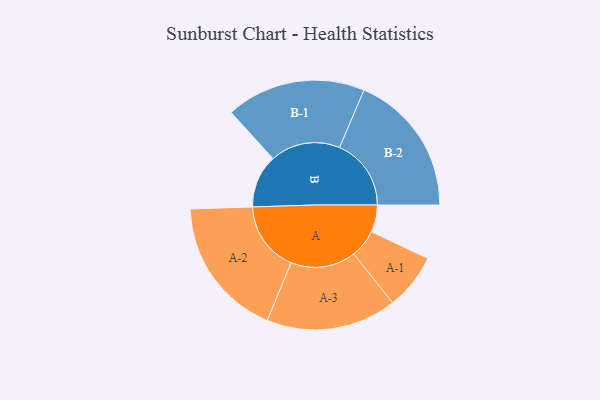
{"axis": {"x": "Segment", "y": "Value"}, "legend": ["", "A", "B"], "data": [{"x": "A", "y": 105, "type": ""}, {"x": "B", "y": 206, "type": ""}, {"x": "A-1", "y": 109, "type": "A"}, {"x": "A-2", "y": 273, "type": "A"}, {"x": "A-3", "y": 253, "type": "A"}, {"x": "B-1", "y": 271, "type": "B"}, {"x": "B-2", "y": 278, "type": "B"}]}